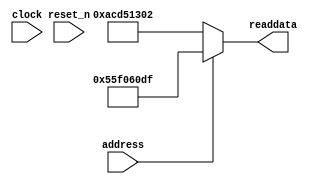
module soc_system_sysid_qsys_8 (
                address,
                clock,
                reset_n,
                readdata
             )
;
  output  [ 31: 0] readdata;
  input            address;
  input            clock;
  input            reset_n;
  wire    [ 31: 0] readdata;
  assign readdata = address ? 1441816799 : 2899645186;
endmodule